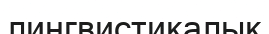
лингвистикалык